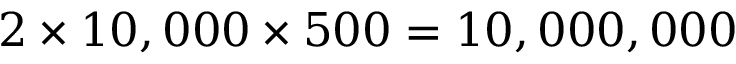
2 \times 1 0 , 0 0 0 \times 5 0 0 = 1 0 , 0 0 0 , 0 0 0